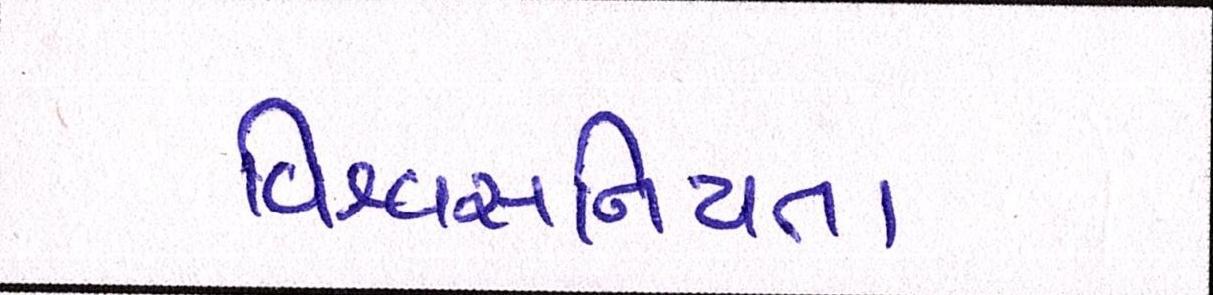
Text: વિશ્વસનિયતા